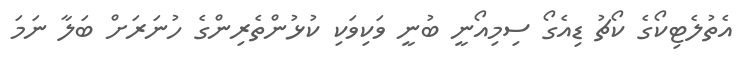
އެތުލެޓިކޯގެ ކޯޗު ޑިއެގޯ ސިމިއޯނީ ބުނީ ވަކިވަކި ކުޅުންތެރިންގެ ހުނަރަށް ބަލާ ނަމަ